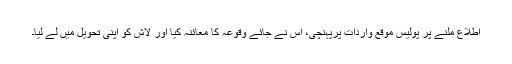
اطلاع ملنے پر پولیس موقع واردات پرپہنچی، اس نے جائے وقوعہ کا معائنہ کیا اور لاش کو اپنی تحویل میں لے لیا۔